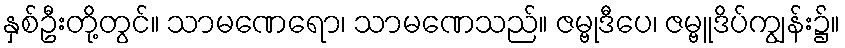
နှစ်ဦးတို့တွင်။ သာမဏေရော၊ သာမဏေသည်။ ဇမ္ဗုဒီပေ၊ ဇမ္ဗူဒိပ်ကျွန်း၌။